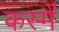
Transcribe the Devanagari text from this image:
कस्मै॑